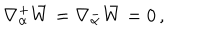
\nabla _ { \alpha } ^ { + } \bar { W } = \nabla _ { \alpha } ^ { - } \bar { W } = 0 \, ,